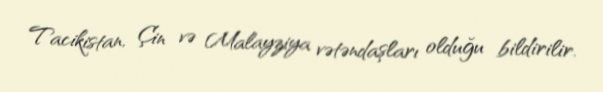
Tacikistan, Çin və Malayziya vətəndaşları olduğu bildirilir.